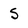
Character: S